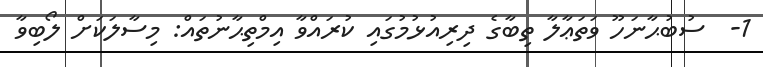
1-  ސުބުޙާނަހޫ ވަތަޢާލާ ތިބާގެ ދިރިއުޅުމުގައި ކުރައްވާ އިމްތިޙާނުތައް: މިސާލަކަށް ލޯބިވާ